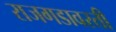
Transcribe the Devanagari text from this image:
राजगडावरती